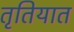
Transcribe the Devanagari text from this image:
तृतियात